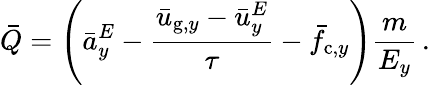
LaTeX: \bar{Q}=\left(\bar{a}_{y}^{E}-\frac{\bar{u}_{\mathrm{g},y}-\bar{u}_{y}^{E}}{\tau}-\bar{f}_{\mathrm{c},y}\right)\frac{m}{E_{y}}\, .